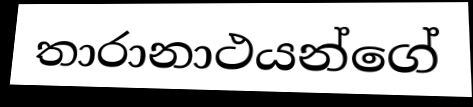
තාරානාථයන්ගේ